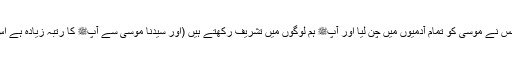
اس نے کہا کہ قسم اس کی جس نے موسیٰؑ کو تمام آدمیوں میں چن لیا اور آپﷺ ہم لوگوں میں تشریف رکھتے ہیں (اور سیدنا موسیٰؑ سے آپﷺ کا رتبہ زیادہ ہے اس لئے میں نے اس کو مارا)۔